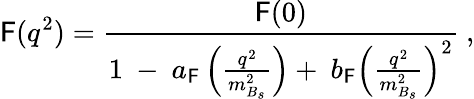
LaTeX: \mathsf{F}(q^{2})=\frac{{\mathsf{F}(0)}}{{1~-~a_{\mathsf{F}}\left(\frac{{q^{2}}}{{m_{B_{s}}^{2}}}\right)+~b_{\mathsf{F}}\left(\frac{{q^{2}}}{{m_{B_{s}}^{2}}}\right)^{2}}}~,